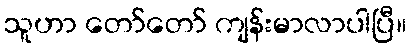
သူဟာ တော်တော် ကျန်းမာလာပါပြီ။